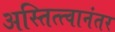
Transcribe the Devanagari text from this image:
अस्तित्त्वानंतर